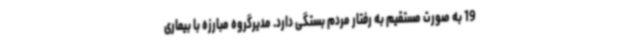
19 به صورت مستقیم به رفتار مردم بستگی دارد. مدیرگروه مبارزه با بیماری